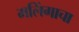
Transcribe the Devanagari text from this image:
मलिंगाचा